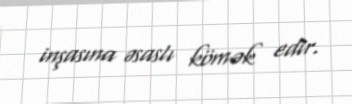
inşasına əsaslı kömək edir.